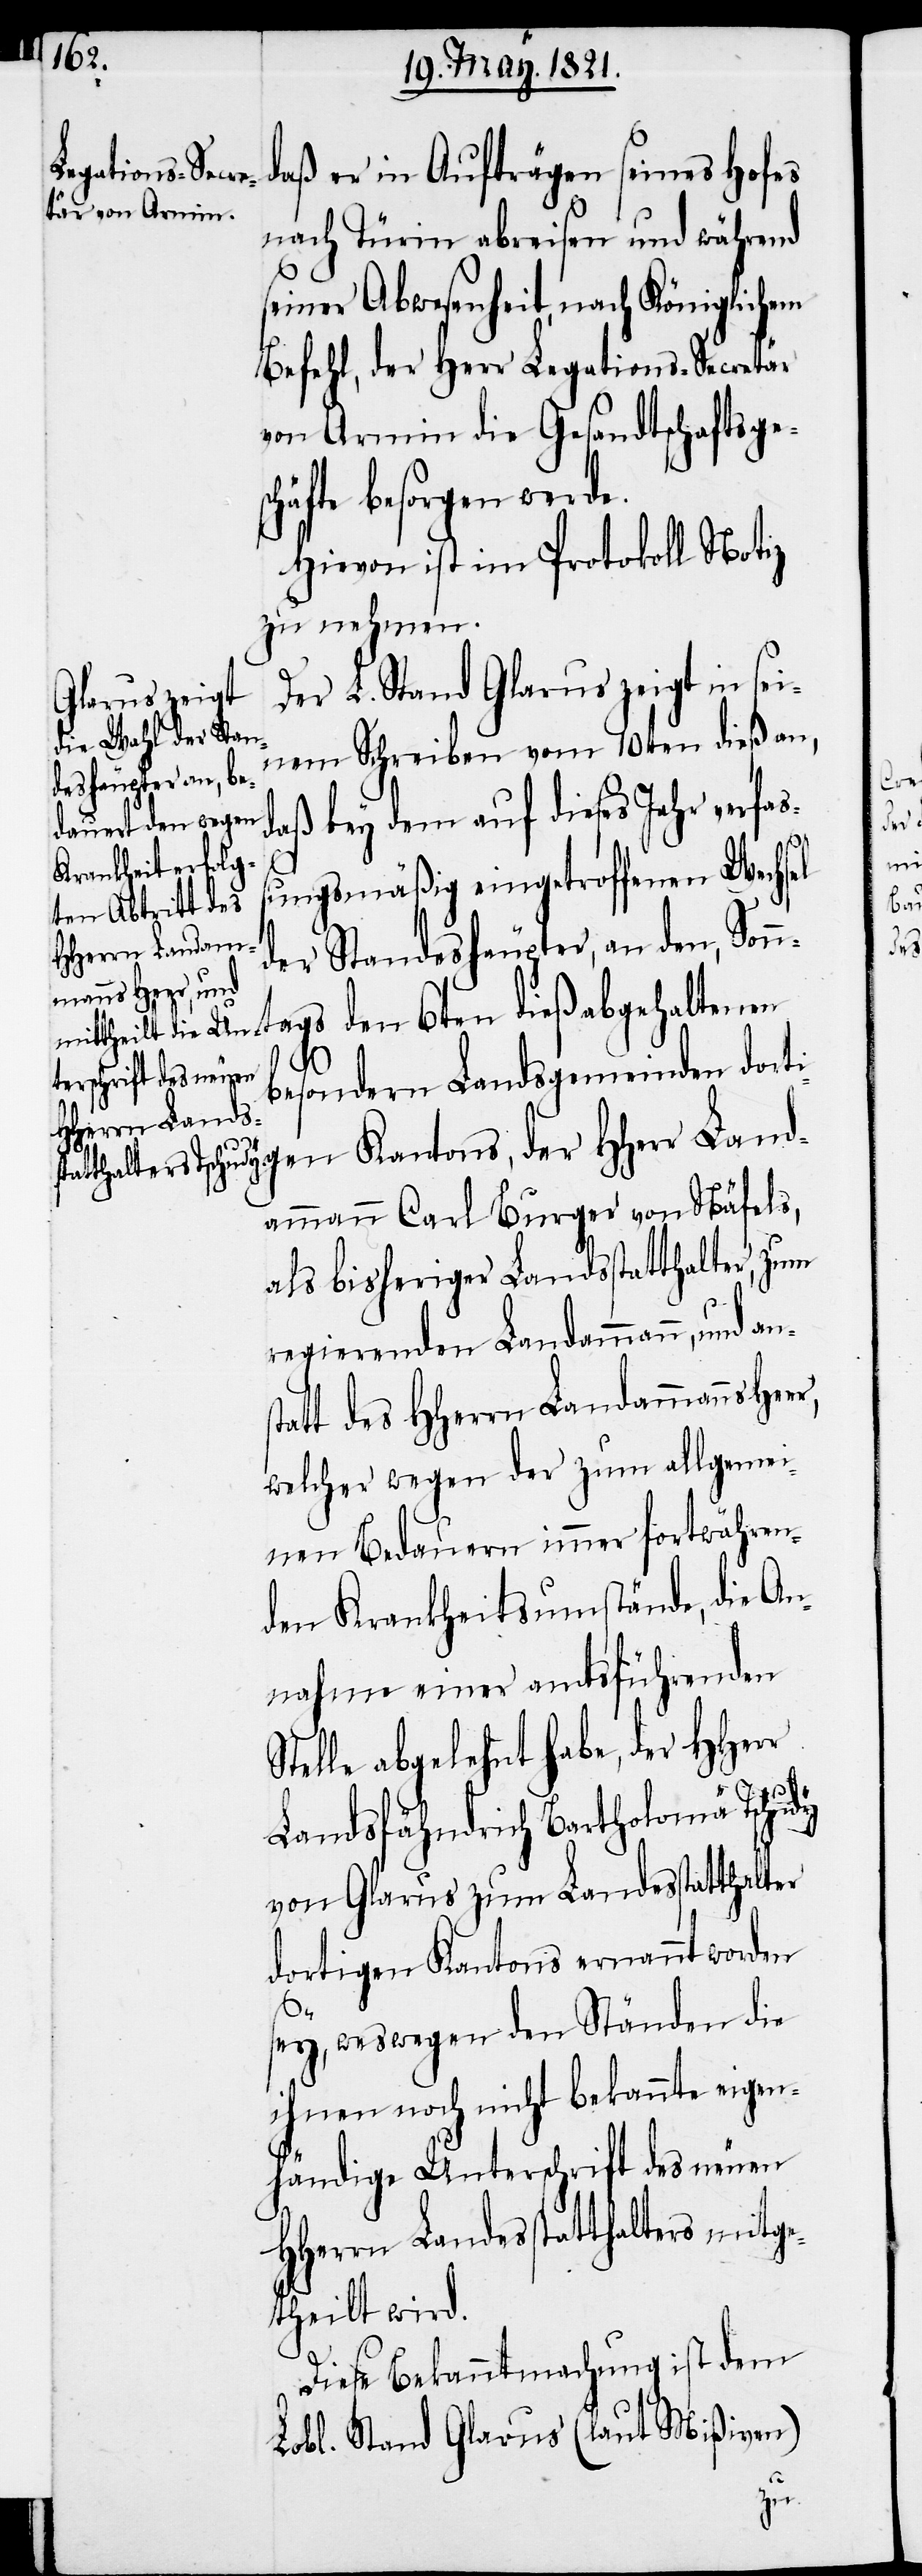
daß er in Aufträgen seines Hofes
[sic!] abreisen und während
seiner Abwesenheit, nach Königlichem
Befehl, der Herr Legations-Secretär
von Armin die Gesandtschaftsges¬
chäfte besorgen werde.
Hievon ist im Protokoll Notiz
zu nehmen.
Der L. Stand Glarus zeigt in sei¬
nem Schreiben vom 10ten dieß an,
daß bey dem auf dieses Jahr verfaß¬
r,
ungsmäßig eingetroffenen Wechsel
der Standeshäupter, an den, Son¬
ntags den 6ten dieß abgehaltenen
besondern Landsgemeinden dort¬
igen Kantons, der HHerr Land¬
ammann Carl Burger von Näfels,
als bisheriger Landsstatthalter, zum
regierenden Landammann, und an¬
tatt des HHerrn Landammanns Hee¬
welcher wegen der zum allgemei¬
nen Bedauern immer fortwähren¬
den Krankheitsumstände, die An¬
nahme einer amtsführenden
Stelle abgelehnt habe, der HHerr
Landsfähndrich Bartholomä Tschudy
von Glarus zum Landesstatthalter
dortigen Kantons ernannt worden
s¬
sey, weswegen den Ständen die
ihnen noch nicht bekannte eigen¬
händige Unterschrift des neuen
HHerrn Landesstatthalters mitge¬
theilt wird.
Diese Bekanntmachung ist dem
Lobl. Stand Glarus (laut Mißiven)